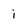
Character: i